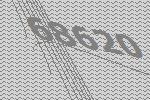
68620